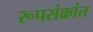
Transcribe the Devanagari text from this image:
रूपसंक्रांत